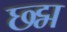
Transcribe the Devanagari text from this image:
छ्द्म